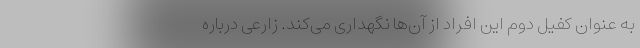
به عنوان کفیل دوم این افراد از آن‌ها نگهداری می‌کند. زارعی درباره